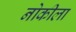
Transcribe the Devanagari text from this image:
नोकीला